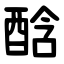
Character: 䣻